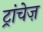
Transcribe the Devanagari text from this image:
ट्रांचेज़